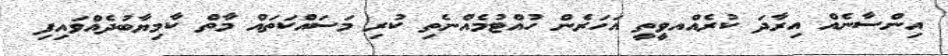
އިންސާނެއް އިރާދަ ކުރެއްއވީތީ އަހަރެން ހުއްޓުމެއްނެތި ކުރި މަސައްކަތައް މާތް ކާމިޔާބުދެއްވައިފި